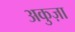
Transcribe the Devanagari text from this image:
अकुज़ा